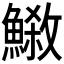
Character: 𩺕